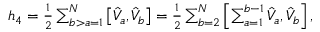
\begin{array} { r } { h _ { 4 } = \frac { 1 } { 2 } \sum _ { b > a = 1 } ^ { N } \left[ \hat { V } _ { a } , \hat { V } _ { b } \right] = \frac { 1 } { 2 } \sum _ { b = 2 } ^ { N } \left[ \sum _ { a = 1 } ^ { b - 1 } \hat { V } _ { a } , \hat { V } _ { b } \right] , } \end{array}